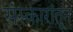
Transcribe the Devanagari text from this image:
संस्कारांतून